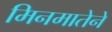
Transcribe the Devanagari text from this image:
मिनमातेने